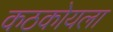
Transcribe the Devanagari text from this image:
कठकोयला